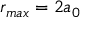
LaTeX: r _ { m a x } = 2 a _ { 0 }